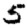
Digit: 5